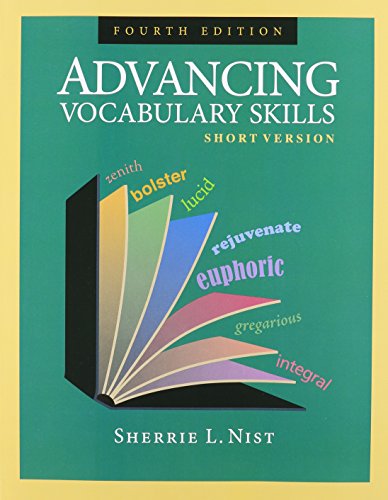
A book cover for Advancing Vocabulary Skills: Short Version; Sherrie L. Nist; Reference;